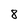
Character: 8